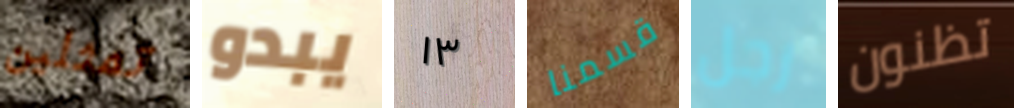
تمثلين يبدو ١٣ قسمنا رجل تظنون